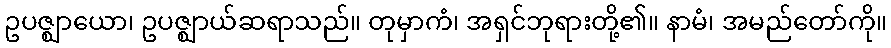
ဥပဇ္ဈာယော၊ ဥပဇ္ဈာယ်ဆရာသည်။ တုမှာကံ၊ အရှင်ဘုရားတို့၏။ နာမံ၊ အမည်တော်ကို။